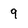
Character: 9